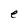
Character: e